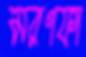
মরণফা